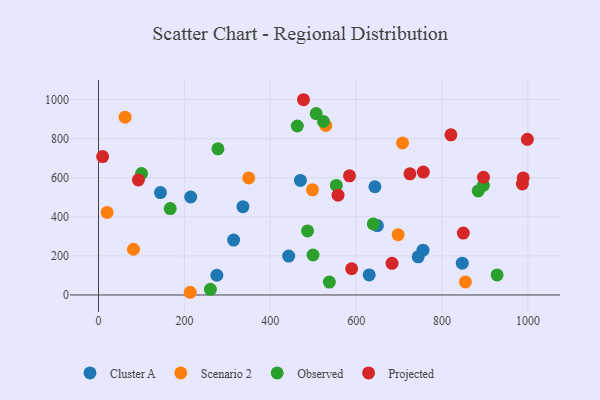
{"axis": {"x": "Speed", "y": "Yield"}, "legend": ["Cluster A", "Observed", "Projected", "Scenario 2"], "data": [{"x": "649.5", "y": 355.3, "type": "Cluster A"}, {"x": "275.6", "y": 101.0, "type": "Cluster A"}, {"x": "643.7", "y": 554.1, "type": "Cluster A"}, {"x": "442.9", "y": 198.9, "type": "Cluster A"}, {"x": "744.5", "y": 195.5, "type": "Cluster A"}, {"x": "630.4", "y": 102.8, "type": "Cluster A"}, {"x": "214.7", "y": 501.6, "type": "Cluster A"}, {"x": "336.3", "y": 452.2, "type": "Cluster A"}, {"x": "144.3", "y": 524.2, "type": "Cluster A"}, {"x": "470.2", "y": 586.2, "type": "Cluster A"}, {"x": "847.2", "y": 162.7, "type": "Cluster A"}, {"x": "755.7", "y": 229.2, "type": "Cluster A"}, {"x": "314.7", "y": 281.2, "type": "Cluster A"}, {"x": "81.4", "y": 234.1, "type": "Scenario 2"}, {"x": "697.8", "y": 308.8, "type": "Scenario 2"}, {"x": "498.4", "y": 538.4, "type": "Scenario 2"}, {"x": "529.4", "y": 867.5, "type": "Scenario 2"}, {"x": "349.9", "y": 599.1, "type": "Scenario 2"}, {"x": "213.5", "y": 13.8, "type": "Scenario 2"}, {"x": "854.5", "y": 66.8, "type": "Scenario 2"}, {"x": "20.1", "y": 422.8, "type": "Scenario 2"}, {"x": "62.0", "y": 910.3, "type": "Scenario 2"}, {"x": "708.1", "y": 778.1, "type": "Scenario 2"}, {"x": "167.0", "y": 442.1, "type": "Observed"}, {"x": "537.7", "y": 66.0, "type": "Observed"}, {"x": "486.8", "y": 327.7, "type": "Observed"}, {"x": "100.2", "y": 621.5, "type": "Observed"}, {"x": "896.3", "y": 561.1, "type": "Observed"}, {"x": "506.9", "y": 928.7, "type": "Observed"}, {"x": "499.6", "y": 204.7, "type": "Observed"}, {"x": "928.3", "y": 102.7, "type": "Observed"}, {"x": "260.6", "y": 28.7, "type": "Observed"}, {"x": "463.0", "y": 865.1, "type": "Observed"}, {"x": "553.9", "y": 560.7, "type": "Observed"}, {"x": "278.1", "y": 748.2, "type": "Observed"}, {"x": "884.3", "y": 532.8, "type": "Observed"}, {"x": "640.0", "y": 363.6, "type": "Observed"}, {"x": "524.0", "y": 888.0, "type": "Observed"}, {"x": "725.3", "y": 620.4, "type": "Projected"}, {"x": "849.6", "y": 317.0, "type": "Projected"}, {"x": "998.8", "y": 796.8, "type": "Projected"}, {"x": "557.8", "y": 510.9, "type": "Projected"}, {"x": "896.5", "y": 602.7, "type": "Projected"}, {"x": "584.6", "y": 609.7, "type": "Projected"}, {"x": "756.4", "y": 629.0, "type": "Projected"}, {"x": "683.6", "y": 161.9, "type": "Projected"}, {"x": "589.5", "y": 134.3, "type": "Projected"}, {"x": "92.9", "y": 589.1, "type": "Projected"}, {"x": "987.1", "y": 568.1, "type": "Projected"}, {"x": "9.6", "y": 708.4, "type": "Projected"}, {"x": "477.4", "y": 999.5, "type": "Projected"}, {"x": "820.7", "y": 819.8, "type": "Projected"}, {"x": "989.1", "y": 599.4, "type": "Projected"}]}